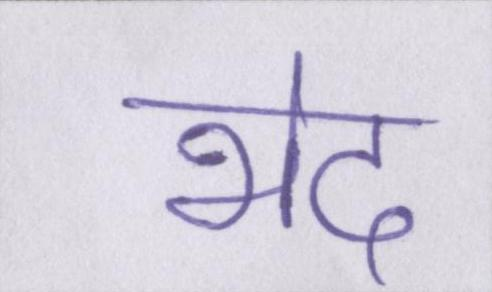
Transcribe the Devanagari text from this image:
भेद